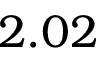
2 . 0 2